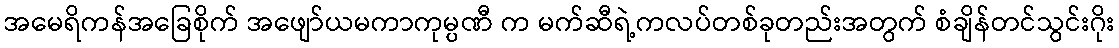
အမေရိကန်အခြေစိုက် အဖျော်ယမကာကုမ္ပဏီ က မက်ဆီရဲ့ကလပ်တစ်ခုတည်းအတွက် စံချိန်တင်သွင်းဂိုး